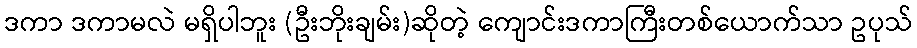
ဒကာ ဒကာမလဲ မရှိပါဘူး (ဦးဘိုးချမ်း)ဆိုတဲ့ ကျောင်းဒကာကြီးတစ်ယောက်သာ ဥပုသ်